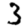
Digit: 3